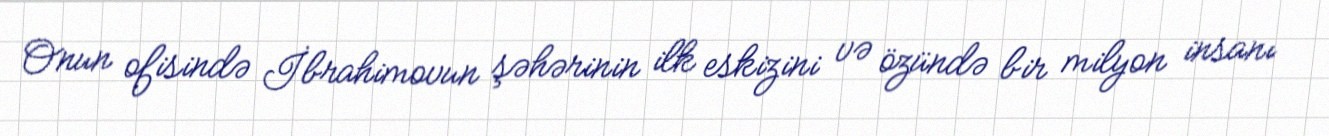
Onun ofisində İbrahimovun şəhərinin ilk eskizini və özündə bir milyon insanı